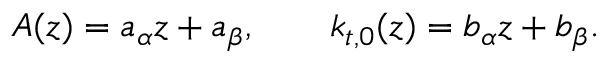
A ( z ) = a _ { \alpha } z + a _ { \beta } , \qquad k _ { t , 0 } ( z ) = b _ { \alpha } z + b _ { \beta } .